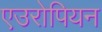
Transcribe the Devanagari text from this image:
एउरोपियन